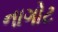
નાગોટ